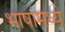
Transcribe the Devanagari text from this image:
भाषांमध्‍ये